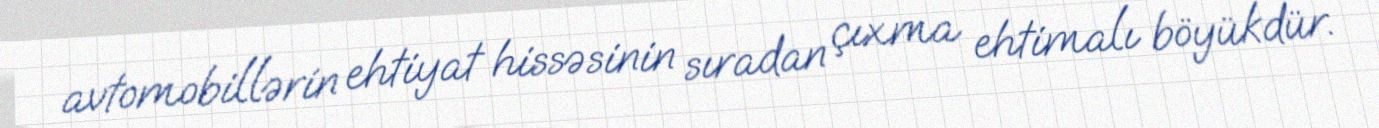
avtomobillərin ehtiyat hissəsinin sıradan çıxma ehtimalı böyükdür.